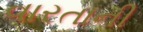
વારતાની